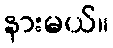
နားမယ်။